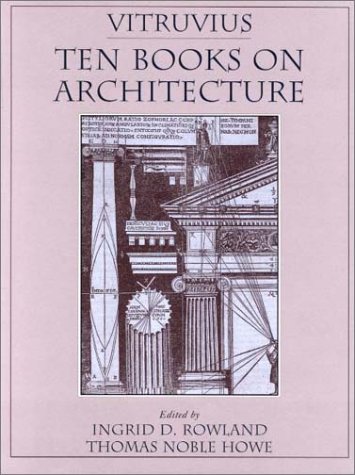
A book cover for Vitruvius: 'Ten Books on Architecture'; Vitruvius; History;